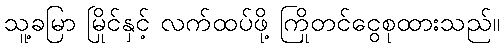
သူ့ခမြာ မြိုင်နှင့် လက်ထပ်ဖို့ ကြိုတင်ငွေစုထားသည်။